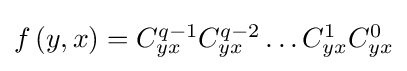
{\textstyle f\left(y,x\right)=C_{yx}^{q-1}C_{yx}^{q-2}\ldots C_{yx}^{1}C_{yx}^{0}}